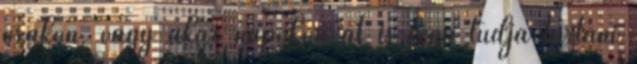
órákon, vagy akár napokon át is fenn tudja tartani